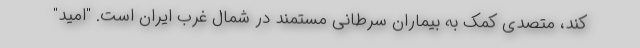
کند، متصدی کمک به بیماران سرطانی مستمند در شمال غرب ایران است. "امید"